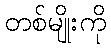
တစ်မျိုးကို